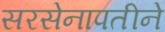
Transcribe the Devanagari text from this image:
सरसेनापतीने